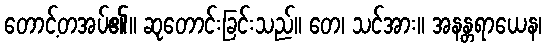
တောင့်တအပ်၏။ ဆုတောင်းခြင်းသည်။ တေ၊ သင်အား။ အနန္တရာယေန၊